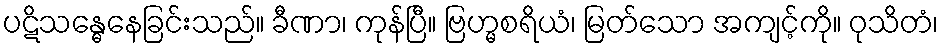
ပဋိသန္ဓေနေခြင်းသည်။ ခီဏာ၊ ကုန်ပြီ။ ဗြဟ္မစရိယံ၊ မြတ်သော အကျင့်ကို။ ဝုသိတံ၊